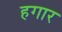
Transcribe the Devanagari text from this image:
हगार